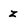
Character: z